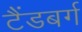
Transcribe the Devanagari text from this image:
टैंडबर्ग